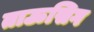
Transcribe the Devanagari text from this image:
ताऊसिग